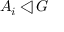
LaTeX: A _ { i } \triangleleft G